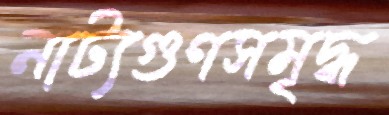
নাট্যগুণসমৃদ্ধ